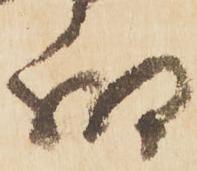
細